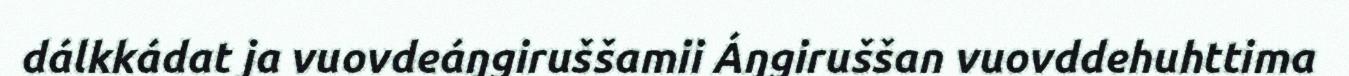
dálkkádat ja vuovdeáŋgiruššamii Áŋgiruššan vuovddehuhttima